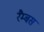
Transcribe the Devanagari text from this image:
रैम्बस